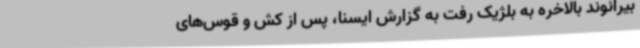
بیرانوند بالاخره به بلژیک رفت به گزارش ایسنا، پس از کش و قوس‌های